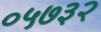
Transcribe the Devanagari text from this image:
०५७३२